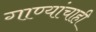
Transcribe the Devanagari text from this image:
गाण्यांचाही